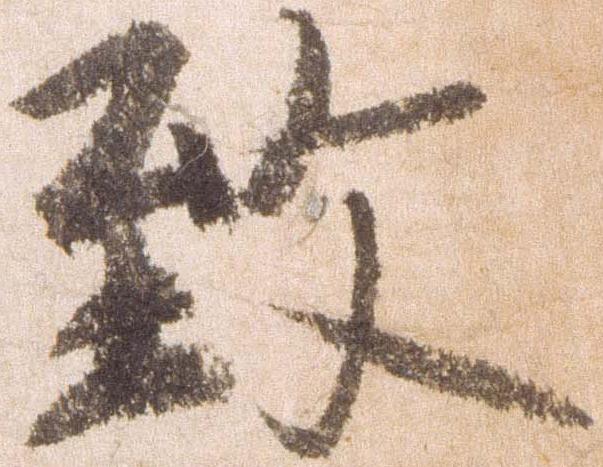
致